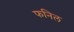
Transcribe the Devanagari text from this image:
फनिल